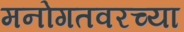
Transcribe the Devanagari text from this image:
मनोगतवरच्या